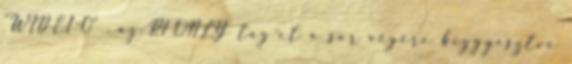
"WIDE1-0" . az RFONLY tag-et a sor végére biggyesztve